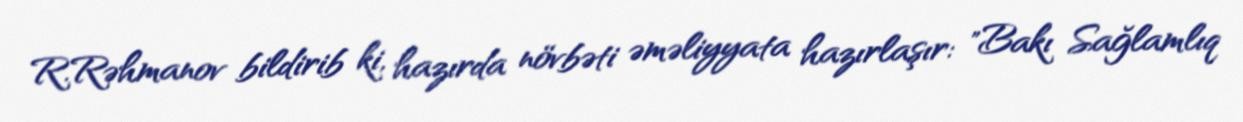
R.Rəhmanov bildirib ki, hazırda növbəti əməliyyata hazırlaşır: "Bakı Sağlamlıq